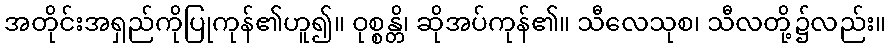
အတိုင်းအရှည်ကိုပြုကုန်၏ဟူ၍။ ဝုစ္စန္တိ၊ ဆိုအပ်ကုန်၏။ သီလေသုစ၊ သီလတို့၌လည်း။